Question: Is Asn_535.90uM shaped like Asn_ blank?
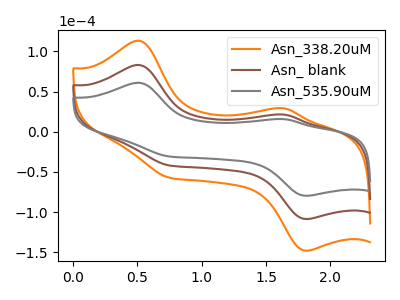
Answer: <think>The orange curve "Asn_338.20uM" has anodic peaks at (0.50V, 166.05uA) (1.65V, 42.50uA) and cathodic peaks at (1.80V, -217.15uA) (0.75V, -84.05uA). The brown curve "Asn_ blank" has anodic peaks at (0.50V, 83.05uA) (1.65V, 21.25uA) and cathodic peaks at (1.80V, -108.60uA) (0.75V, -42.00uA). The gray curve "Asn_535.90uM" has anodic peaks at (0.50V, 60.90uA) (1.65V, 15.60uA) and cathodic peaks at (1.80V, -79.65uA) (0.75V, -30.85uA).
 All the peaks in "Asn_535.90uM" have a peak in "Asn_ blank" at the same potential. Every peak in "Asn_535.90uM" is lower than every peak in "Asn_ blank".</think>
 <answer>"Asn_535.90uM" and "Asn_ blank" are similar in shape.</answer>
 <eval>same_shape</eval>